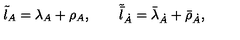
\tilde { { \l } } _ { A } = \lambda _ { A } + \rho _ { A } , \qquad \tilde { \bar { \l } } _ { \dot { A } } = \bar { \lambda } _ { \dot { A } } + \bar { \rho } _ { \dot { A } } ,